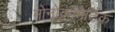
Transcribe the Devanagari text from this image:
मोनोक्रॉमैटिक